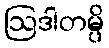
ဩဒါတမ္ပိ